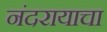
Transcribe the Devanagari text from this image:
नंदरायाचा